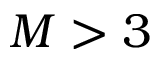
M > 3